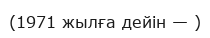
(1971 жылға дейін — )